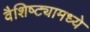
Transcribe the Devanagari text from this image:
वैशिष्ट्यामध्ये